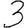
Digit: 3